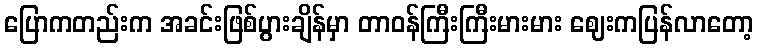
ပြောကတည်းက အခင်းဖြစ်ပွားချိန်မှာ တာဝန်ကြီးကြီးမားမား ဈေးကပြန်လာတော့